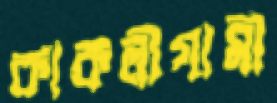
কাকলীগামী